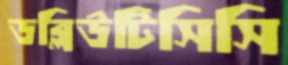
ডব্লিউটিসিসি